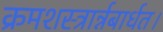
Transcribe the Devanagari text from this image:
क्रमशस्त्रार्न्नबार्धत।